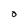
Character: O